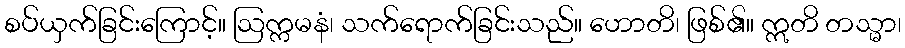
စပ်ယှက်ခြင်းကြောင့်။ ဩက္ကမနံ၊ သက်ရောက်ခြင်းသည်။ ဟောတိ၊ ဖြစ်၏။ ဣတိ တသ္မာ၊